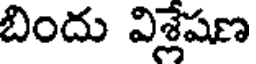
బిందు విశ్లేషణ